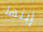
إبنها